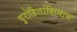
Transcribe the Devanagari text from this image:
पुरोहितांशिवाय